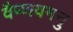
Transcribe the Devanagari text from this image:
वैष्णवमनु